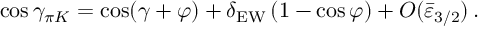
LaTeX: \cos \gamma _ { \pi K } = \cos ( \gamma + \varphi ) + \delta _ { \mathrm { E W } } \, ( 1 - \cos \varphi ) + O ( \bar { \varepsilon } _ { 3 / 2 } ) \, .